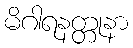
မိဂါရနတ္တုနာ